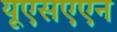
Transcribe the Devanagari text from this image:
यूएसएएन